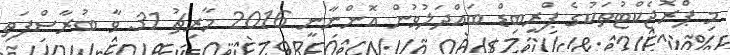
މި ޕްރޮޖެކްޓުތަކުގެ ޕްރީބިޑް ބައްދަލުވުން އޮންނާނީ 2016 މާރިޗު 31 ވާ ބުރާސްފަތި